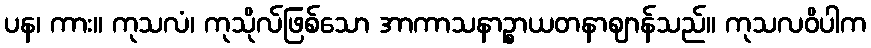
ပန၊ ကား။ ကုသလံ၊ ကုသိုလ်ဖြစ်သော အာကာသနာဉ္စာယတနာဈာန်သည်။ ကုသလဝိပါက